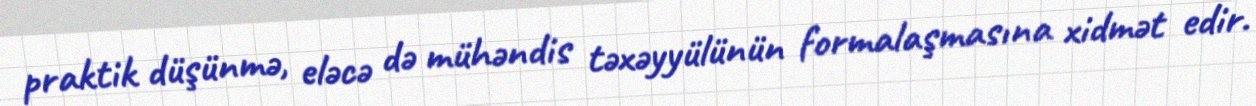
praktik düşünmə, eləcə də mühəndis təxəyyülünün formalaşmasına xidmət edir.